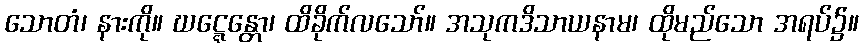
သောတံ၊ နားကို။ ဃဋ္ဋေန္တော၊ ထိခိုက်လသော်။ အသုကဒိသာယနာမ၊ ထိုမည်သော အရပ်၌။